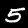
Digit: 5